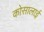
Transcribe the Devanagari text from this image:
कोसालाई